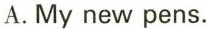
A.My new pens。